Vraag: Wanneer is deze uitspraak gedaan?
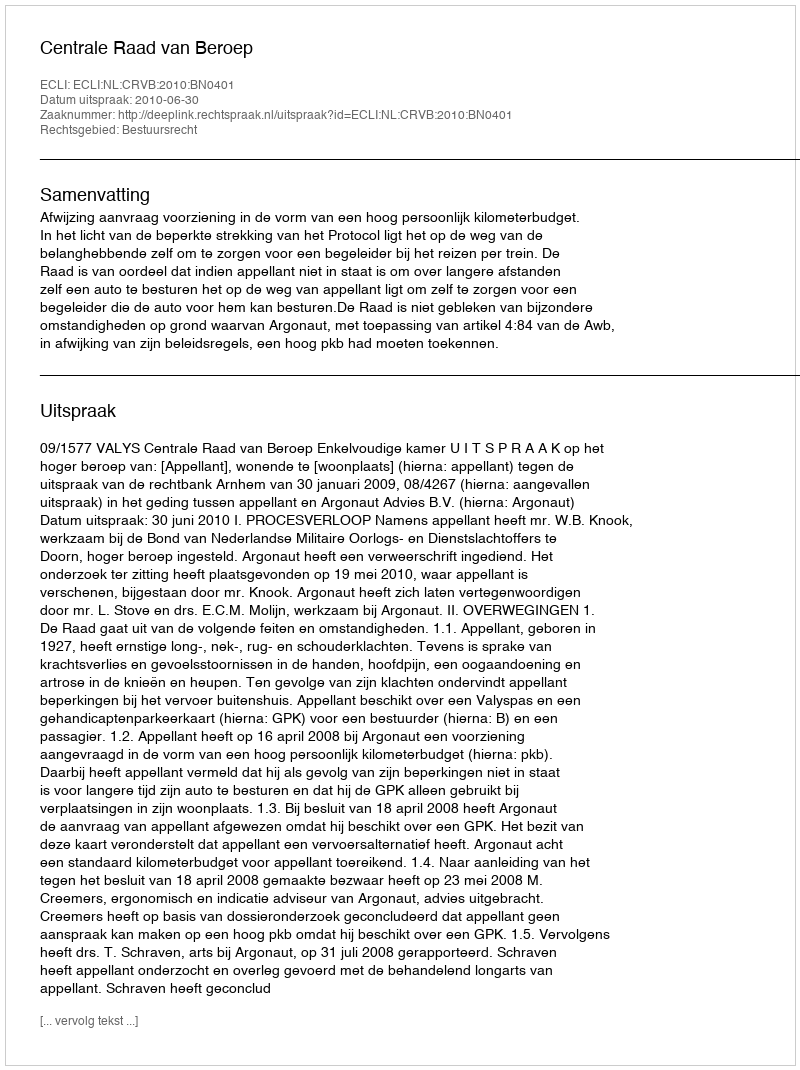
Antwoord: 2010-06-30